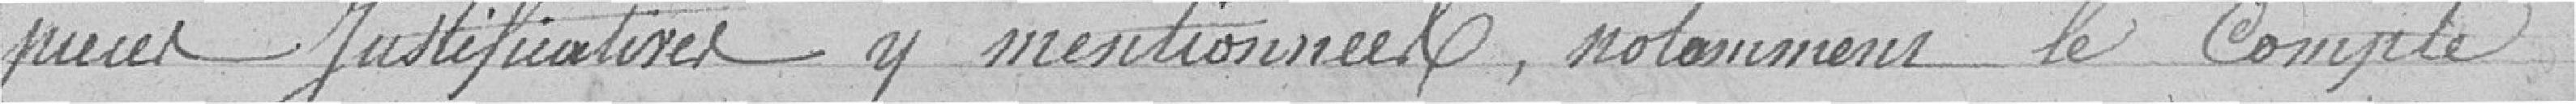
pièces justificatives y mentionnées, notamment le Compte